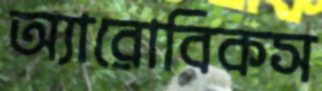
অ্যারোবিকস